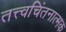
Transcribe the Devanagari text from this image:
तत्त्वचिंतनात्मक